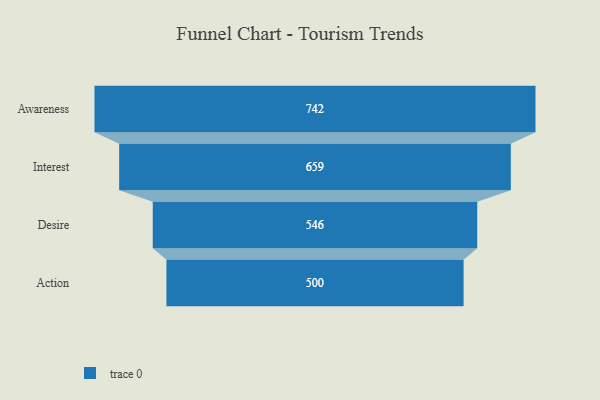
{"axis": {"x": "Stage", "y": "Value"}, "legend": [""], "data": [{"x": "Awareness", "y": 742.0, "type": ""}, {"x": "Interest", "y": 659.0, "type": ""}, {"x": "Desire", "y": 546.0, "type": ""}, {"x": "Action", "y": 500, "type": ""}]}